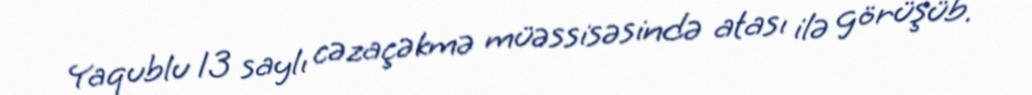
Yaqublu 13 saylı cəzaçəkmə müəssisəsində atası ilə görüşüb.